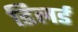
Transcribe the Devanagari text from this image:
डिलर्ड